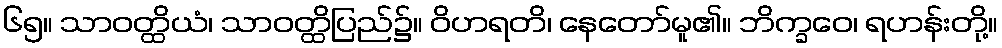
၆၅။ သာဝတ္ထိယံ၊ သာဝတ္ထိပြည်၌။ ဝိဟရတိ၊ နေတော်မူ၏။ ဘိက္ခဝေ၊ ရဟန်းတို့။